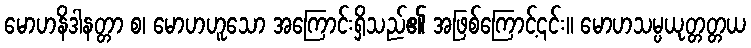
မောဟနိဒါနတ္တာ စ၊ မောဟဟူသော အကြောင်းရှိသည်၏ အဖြစ်ကြောင့်၎င်း။ မောဟသမ္ပယုတ္တတ္တယ